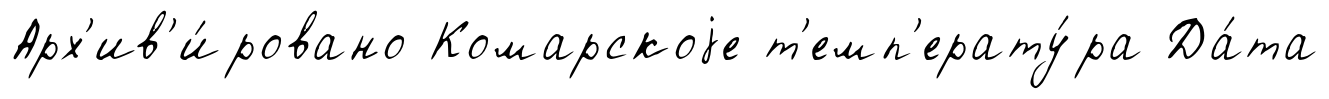
Арх'ив'и́ровано Комарскоjе т'емп'ерату́ра Да́та